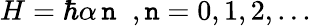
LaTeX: H=\hbar\alpha\, \mathtt{n}\; \; ,\mathtt{n}=0,1,2,...